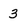
Character: 3